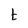
Character: t